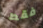
فقط